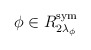
\begin{align*}\phi \in R_{2\lambda _{\phi }}^{\textrm{sym}}\end{align*}